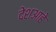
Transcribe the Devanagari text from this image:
देशआहे